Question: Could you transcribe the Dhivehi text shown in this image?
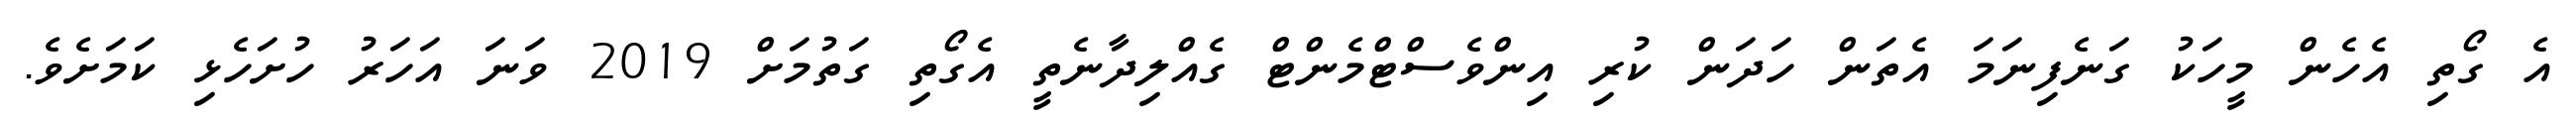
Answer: އެ ގޯތި އެހެން މީހަކު ގަނެފިނަމަ އެތަން ހަދަން ކުރި އިންވެސްޓްމެންޓް ގެއްލިދާނެތީ އެގޯތި ގަތުމަށް 2019 ވަނަ އަހަރު ހުށަހެޅި ކަމަށެވެ.